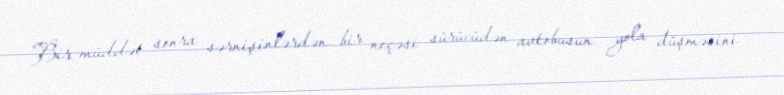
Bir müddət sonra sərnişinlərdən bir neçəsi sürücüdən avtobusun yola düşməsini